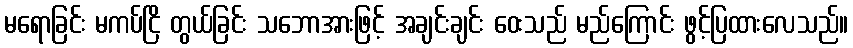
မရောခြင်း မကပ်ငြိ တွယ်ခြင်း သဘောအားဖြင့် အချင်းချင်း ဝေးသည် မည်ကြောင်း ဖွင့်ပြထားလေသည်။